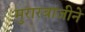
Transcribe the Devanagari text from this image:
मुरारबाजीने